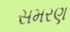
સમરણ